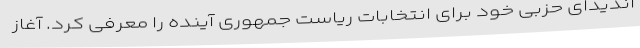
اندیدای حزبی خود برای انتخابات ریاست جمهوری آینده را معرفی کرد. آغاز